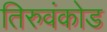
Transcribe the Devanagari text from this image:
तिरुवंकोड